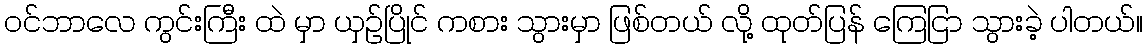
၀င်ဘာလေ ကွင်းကြီး ထဲ မှာ ယှဉ်ပြိုင် ကစား သွားမှာ ဖြစ်တယ် လို့ ထုတ်ပြန် ကြေငြာ သွားခဲ့ ပါတယ်။